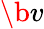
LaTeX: \b{v}